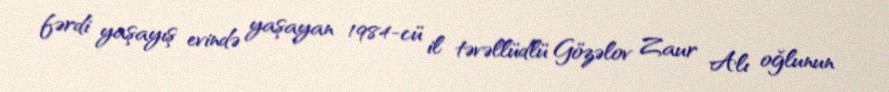
fərdi yaşayış evində yaşayan 1984-cü il təvəllüdlü Gözəlov Zaur Alı oğlunun